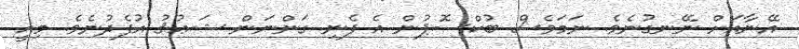
އޭނާއަށް ނޭނގުނެވެ. ނަމަވެސް ބުކްސޮޕުން އެ ފެނި ގަންނަން ޝަޢުޤު އުފެދުނެވެ. މިއީ